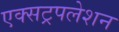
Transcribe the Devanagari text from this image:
एक्सट्रपलेशन